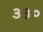
૩૩૦